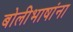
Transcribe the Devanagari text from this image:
बोलीभाषांना